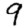
Digit: 9